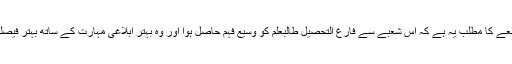
بزنس پروگرام کے عمومی مطالعے کا مطلب یہ ہے کہ اس شعبے سے فارغ التحصیل طالبعلم کو وسیع فہم حاصل ہوا اور وہ بہتر ابلاغی مہارت کے ساتھ بہتر فیصلہ ساز کے طور پر سامنے آئے۔